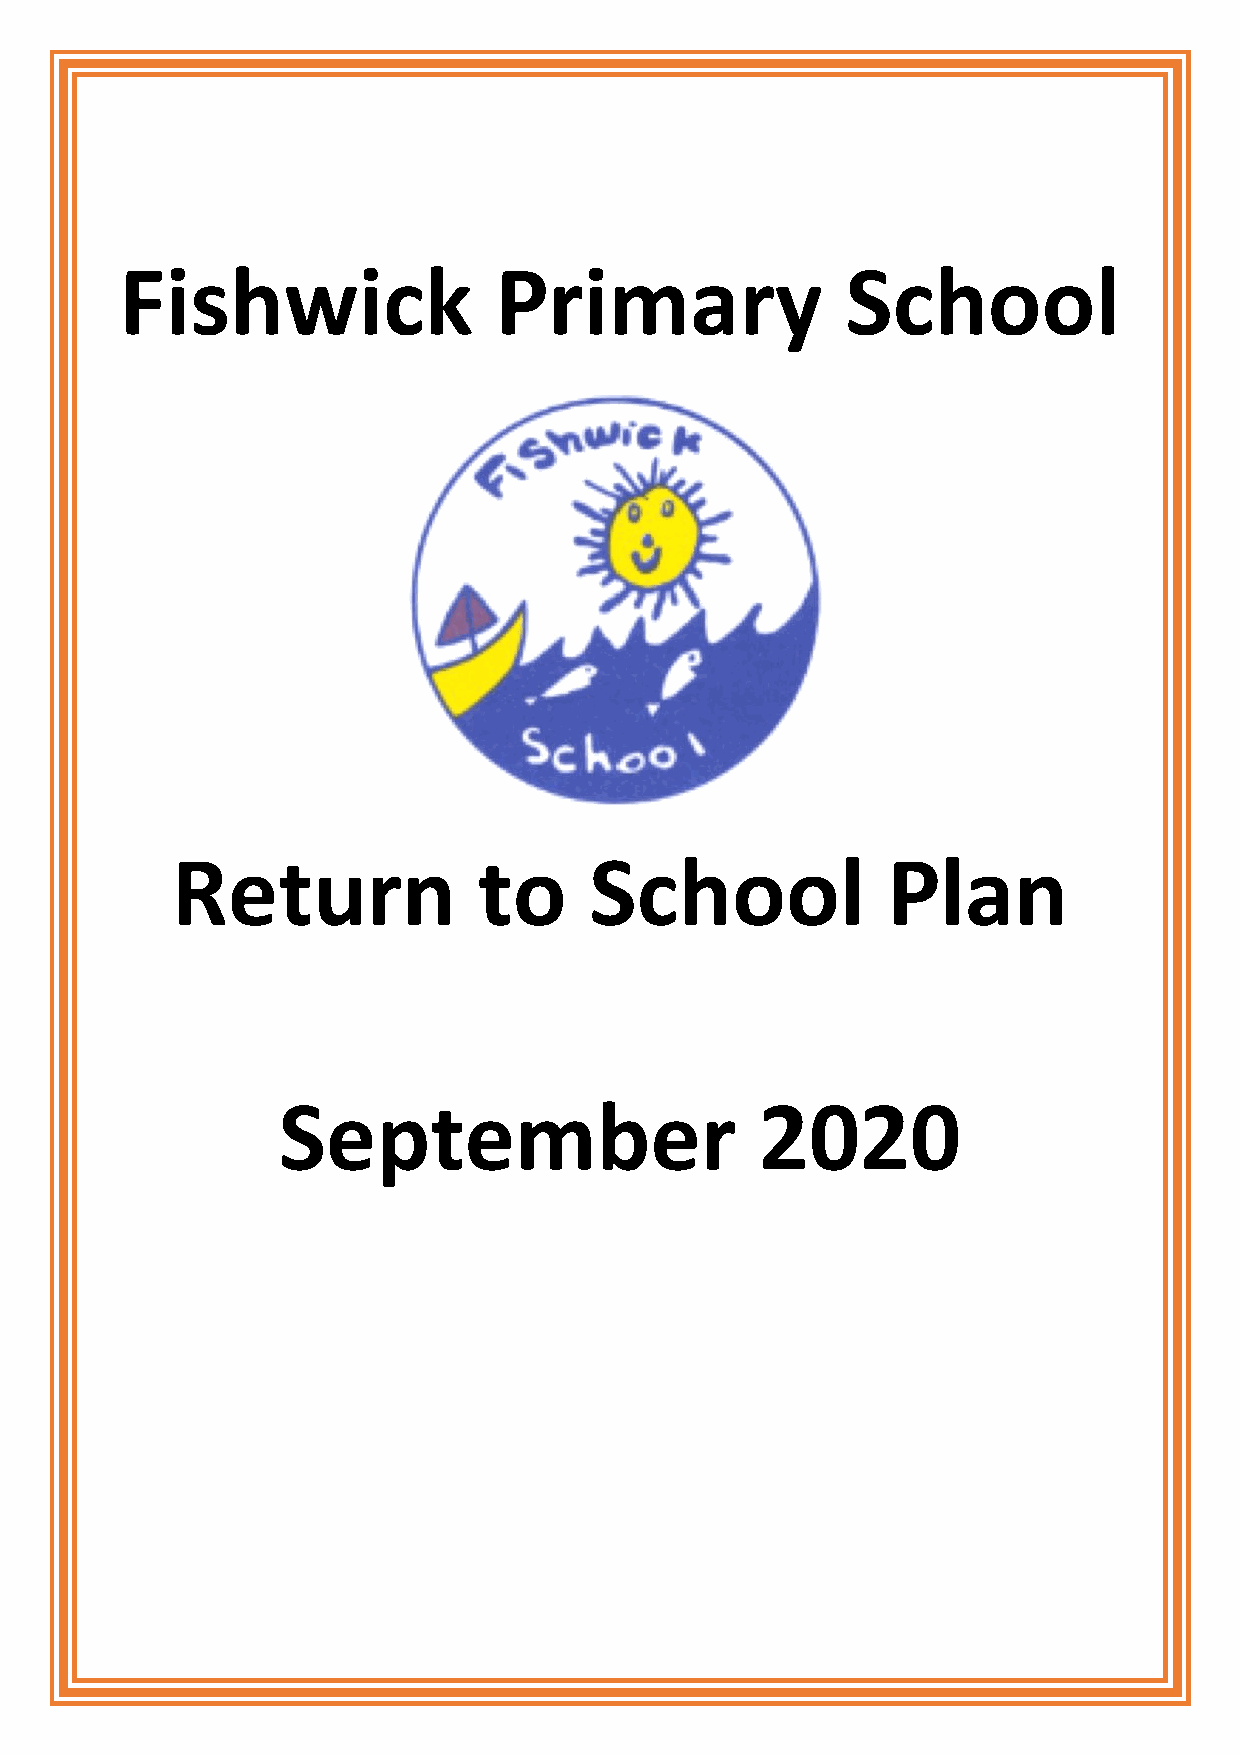
Fishwick                 Primary                School
 Return               to     School              Plan
 September                       2020